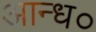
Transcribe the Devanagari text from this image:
आन्ध०